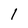
Character: I